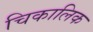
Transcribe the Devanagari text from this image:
चिकालिक